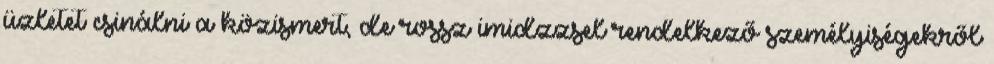
üzletet csinálni a közismert, de rossz imidzzsel rendelkező személyiségekről